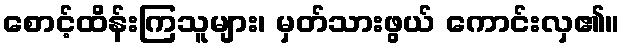
စောင့်ထိန်းကြသူများ၊ မှတ်သားဖွယ် ကောင်းလှ၏။